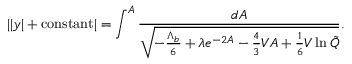
| | y | + \mathrm { c o n s t a n t } | = \int ^ { A } \frac { d A } { \sqrt { - \frac { \Lambda _ { b } } { 6 } + \lambda e ^ { - 2 A } - \frac 4 3 V A + \frac 1 6 V \ln \tilde { Q } } } .